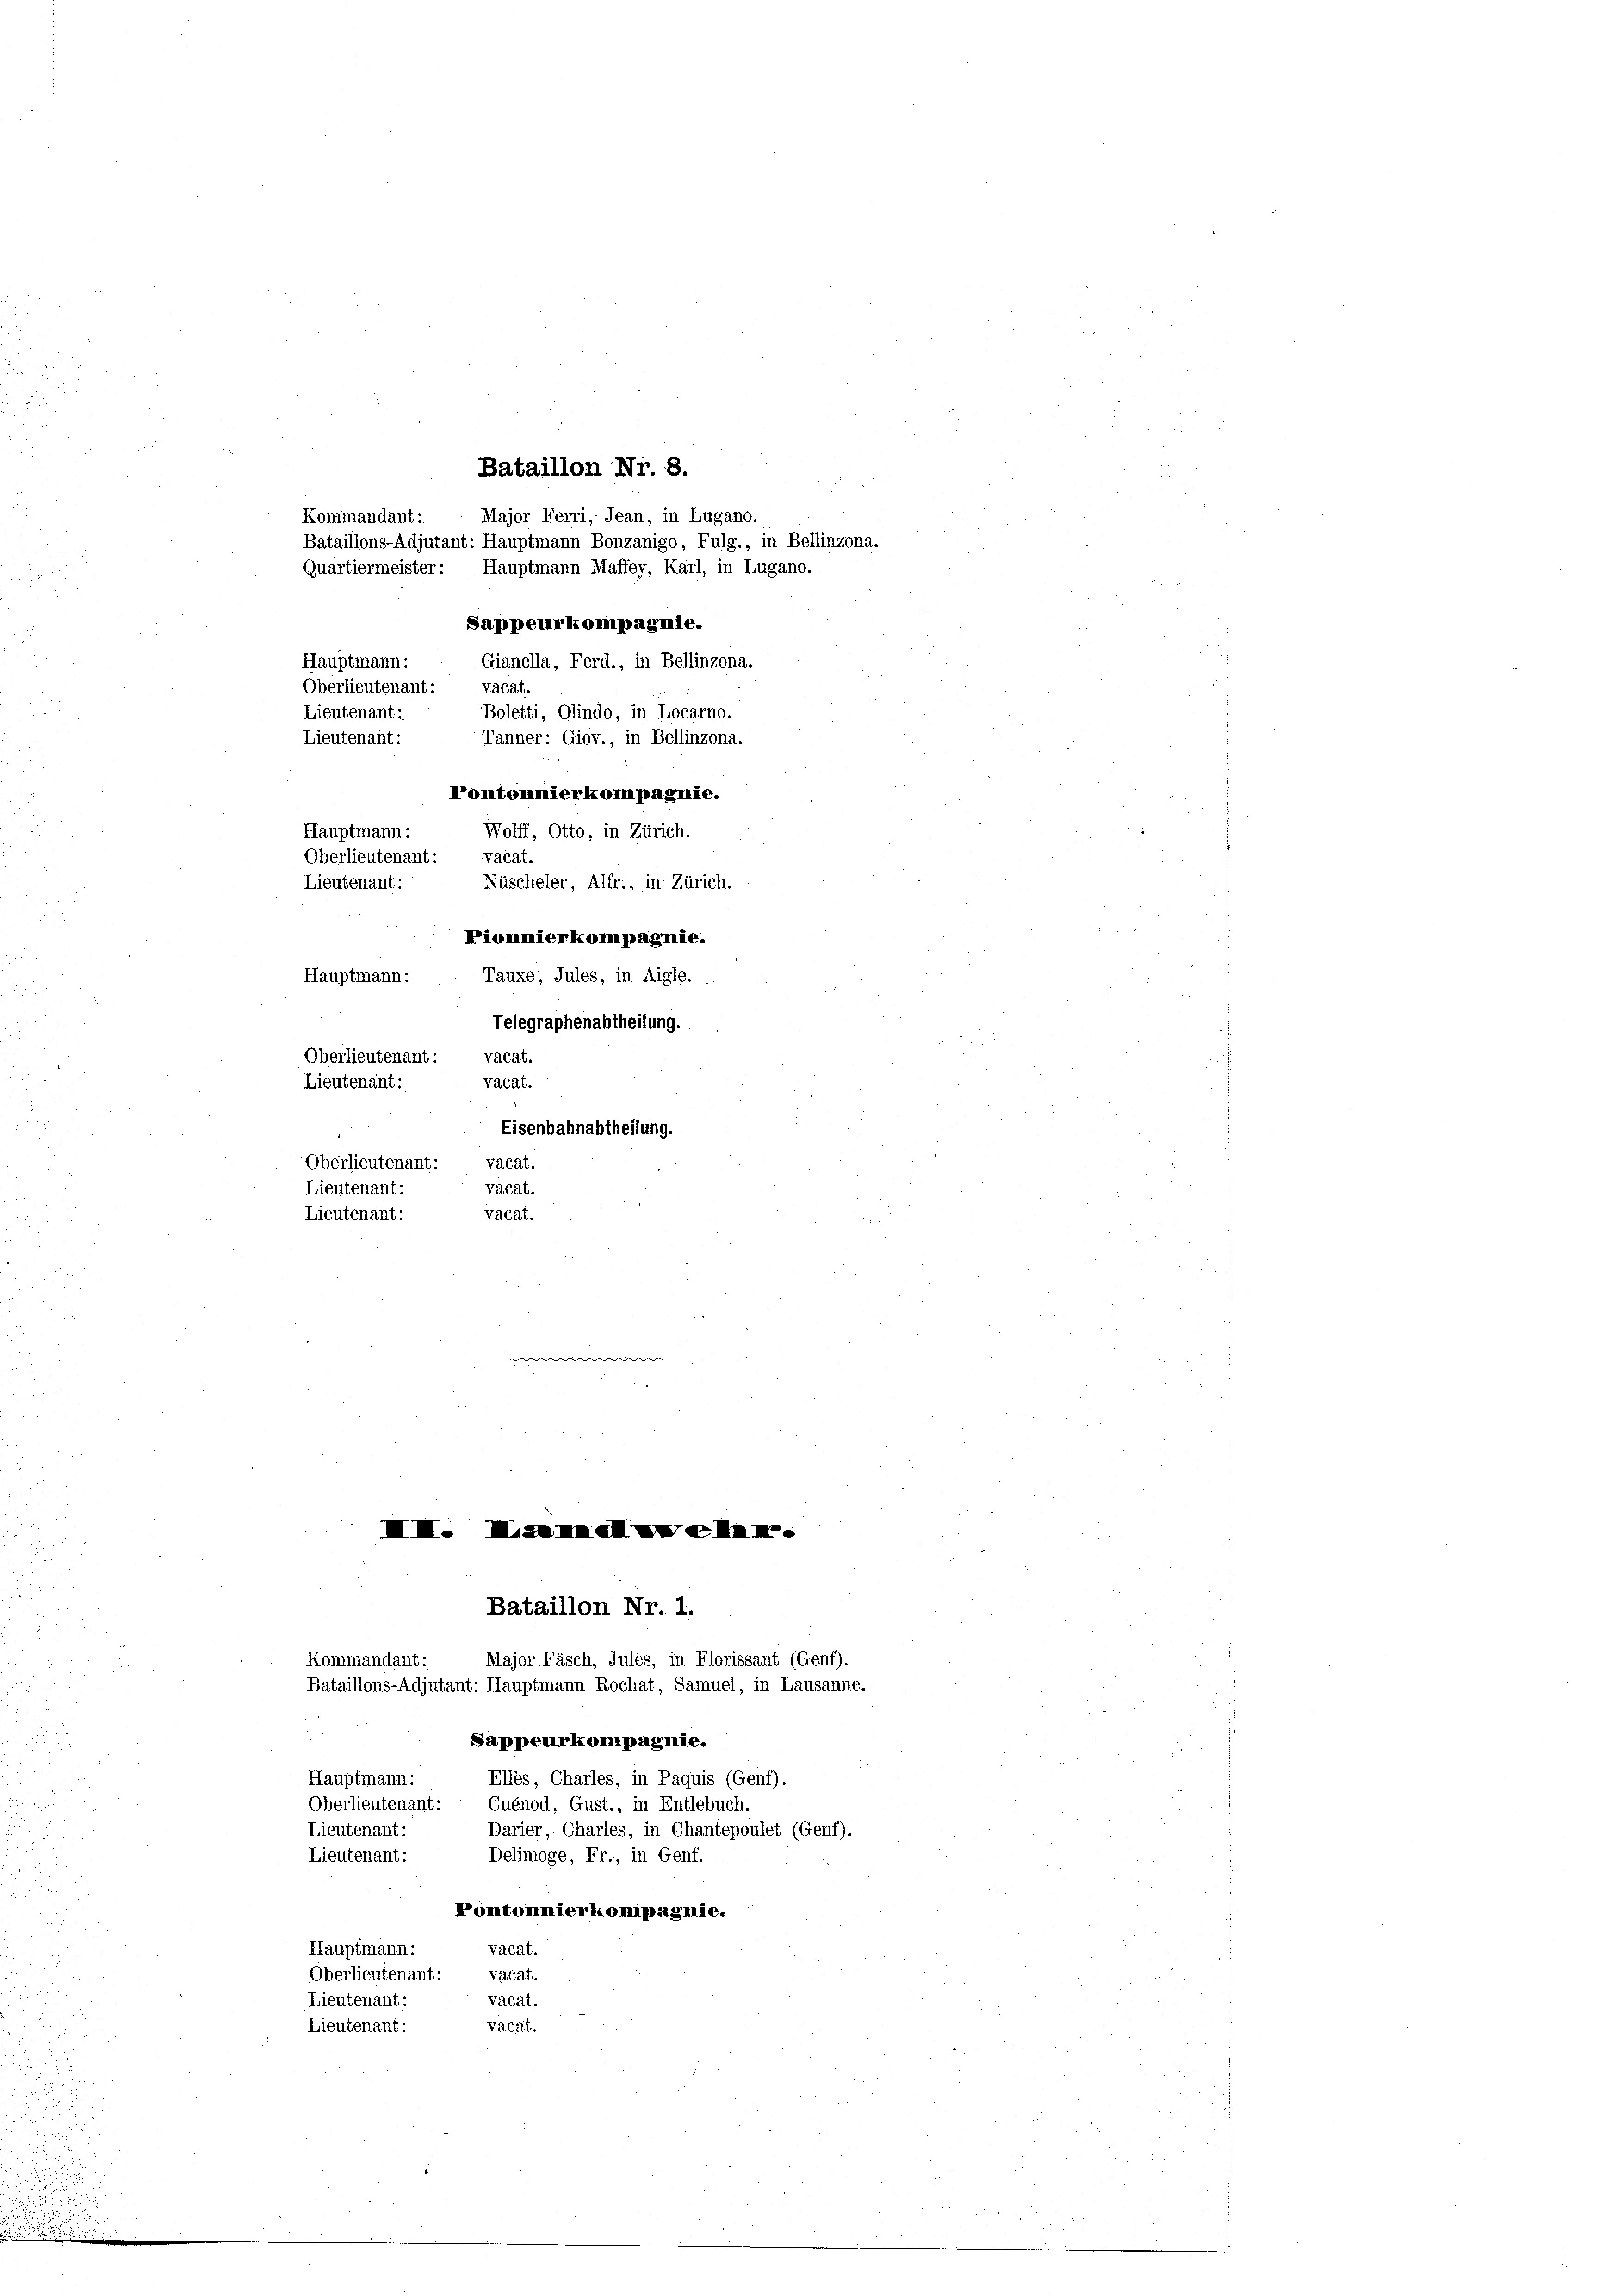
Eisenbahnabtheilung.
Oberlieutenant.
vacat.
vacat.
Lieutenant.
vacat.
Lieutenant:
 |

Bataillon Nr. 8.
Major Ferri, Jean, in Lugano.
Kommandant:
Bataillons-Adjutant: Hauptmann Bonzanigo, Fulg., in Bellinzona.
Quartiermeister: Hauptmann Maffey, Karl, in Lugano.
Sappeurkompagnie.
Hauptmann:
Oberlieutenant: Vacat.
Lieutenant:
Lieutenant:
Tanner: Giov., in Bellinzona.
Pontonnierkompagnie.
Hauptmann:
Wolff, Otto, in Zürich.
vacat.
Oberlieutenant:
Lieutenant:
Nüscheler, Alfr., in Zürich.
3
Piomnierkompagnie.
Hauptmann:
Tauxe, Jules, in Aigle.
Telegraphenabtheilung.
Oberlieutenant:
vacat.
Lieutenant:
vacat.

Bataillon Nr. 1.
Kommandant:
Major Fäsch, Jules, in Florissant (Genf).
Bataillons-Adjutant: Hauptmann Rochat, Samuel, in Lausanne.
Sappeurkompagnie.
Hauptmann:
Elles, Charles, in Paquis (Genf).
Oberlieutenant:
Cuénod, Gust., in Entlebuch.
Lieutenant:
Darier, Charles, in Chantepoulet (Genf).
Lieutenant:
Delimoge, Fr., in Genf.

Gianella, Ferd., in Bellinzona.
Boletti, Olindo, in Locarno.

I. Im M

Pomtommierkompagnie.
vacat.
Hauptmann:
vacat.
Oberlieutenant:
vacat.
Lieutenant:
vacat.
Lieutenant: